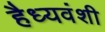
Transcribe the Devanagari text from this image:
हैध्यवंशी